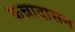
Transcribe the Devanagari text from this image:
कन्नादासन